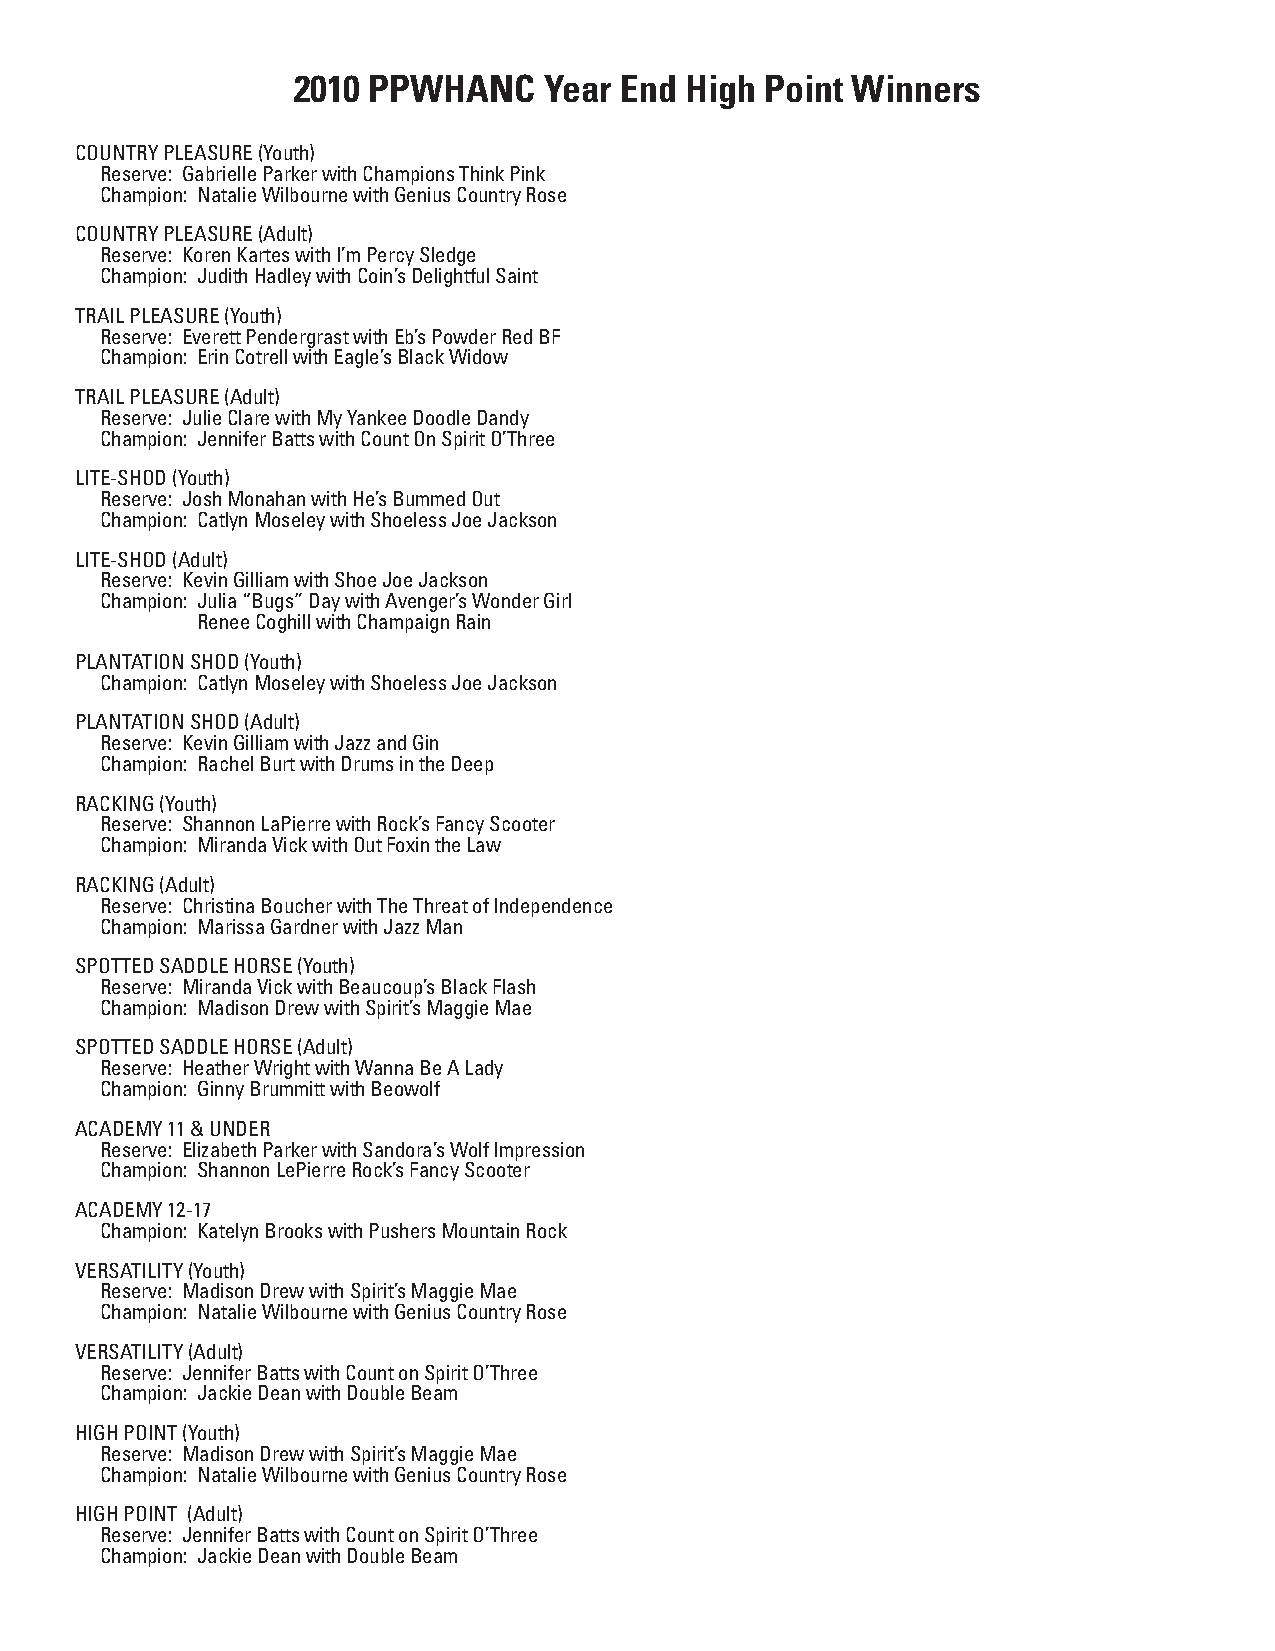
2010 PPWHANC     Year End High  Point Winners
 COUNTRY PLEASURE (Youth)
 Reserve: Gabrielle Parker with Champions Think Pink
 Champion: Natalie Wilbourne with Genius Country Rose
 COUNTRY PLEASURE (Adult)
 Reserve: Koren Kartes with I’m Percy Sledge
 Champion: Judith Hadley with Coin’s Delightful Saint
 TRAIL PLEASURE (Youth)
 Reserve: Everett Pendergrast with Eb’s Powder Red BF
 Champion: Erin Cotrell with Eagle’s Black Widow
 TRAIL PLEASURE (Adult)
 Reserve: Julie Clare with My Yankee Doodle Dandy
 Champion: Jennifer Batts with Count On Spirit O’Three
 LITE-SHOD (Youth)
 Reserve: Josh Monahan with He’s Bummed Out
 Champion: Catlyn Moseley with Shoeless Joe Jackson
 LITE-SHOD (Adult)
 Reserve: Kevin Gilliam with Shoe Joe Jackson
 Champion: Julia “Bugs” Day with Avenger’s Wonder Girl
 Renee Coghill with Champaign Rain
 PLANTATION SHOD (Youth)
 Champion: Catlyn Moseley with Shoeless Joe Jackson
 PLANTATION SHOD (Adult)
 Reserve: Kevin Gilliam with Jazz and Gin
 Champion: Rachel Burt with Drums in the Deep
 RACKING (Youth)
 Reserve: Shannon LaPierre with Rock’s Fancy Scooter
 Champion: Miranda Vick with Out Foxin the Law
 RACKING (Adult)
 Reserve: Christina Boucher with The Threat of Independence
 Champion: Marissa Gardner with Jazz Man
 SPOTTED SADDLE HORSE (Youth)
 Reserve: Miranda Vick with Beaucoup’s Black Flash
 Champion: Madison Drew with Spirit’s Maggie Mae
 SPOTTED SADDLE HORSE (Adult)
 Reserve: Heather Wright with Wanna Be A Lady
 Champion: Ginny Brummitt with Beowolf
 ACADEMY 11 & UNDER
 Reserve: Elizabeth Parker with Sandora’s Wolf Impression
 Champion: Shannon LePierre Rock’s Fancy Scooter
 ACADEMY 12-17
 Champion: Katelyn Brooks with Pushers Mountain Rock
 VERSATILITY (Youth)
 Reserve: Madison Drew with Spirit’s Maggie Mae
 Champion: Natalie Wilbourne with Genius Country Rose
 VERSATILITY (Adult)
 Reserve: Jennifer Batts with Count on Spirit O’Three
 Champion: Jackie Dean with Double Beam
 HIGH POINT (Youth)
 Reserve: Madison Drew with Spirit’s Maggie Mae
 Champion: Natalie Wilbourne with Genius Country Rose
 HIGH POINT (Adult)
 Reserve: Jennifer Batts with Count on Spirit O’Three
 Champion: Jackie Dean with Double Beam